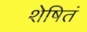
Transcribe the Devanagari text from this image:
शेषितं